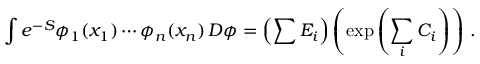
\int e ^ { - S } \phi _ { 1 } ( x _ { 1 } ) \cdots \phi _ { n } ( x _ { n } ) \, D \phi = \left( \sum E _ { i } \right) \left( \exp \left( \sum _ { i } C _ { i } \right) \right) \, .